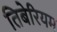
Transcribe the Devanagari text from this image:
तिबेरियम